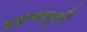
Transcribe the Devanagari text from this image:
घडण्यापूर्वी